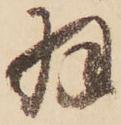
羽